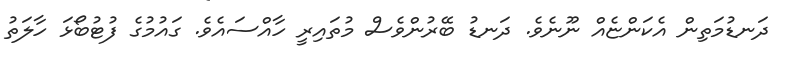
ދަނޑުމަތިން އެކަންޏެއް ނޫނެވެ. ދަނޑު ބޭރުންވެސް މުތައިރީ ހާއްސައެވެ. ގައުމުގެ ފުޓުބޯޅަ ހާލަތު